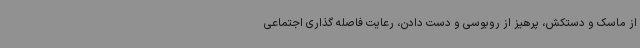
از ماسک و دستکش، پرهیز از روبوسی و دست دادن، رعایت فاصله گذاری اجتماعی